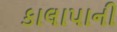
કાલાપાની